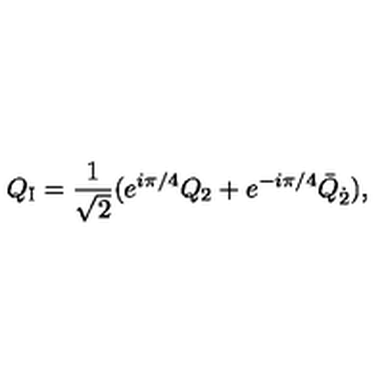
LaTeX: Q _ { \mathrm { I } } = \frac { 1 } { \sqrt { 2 } } ( e ^ { i \pi / 4 } Q _ { 2 } + e ^ { - i \pi / 4 } \bar { Q } _ { \dot { 2 } } ) ,